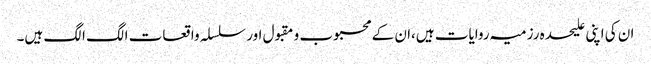
ان کی اپنی علیحدہ رزمیہ روایات ہیں،ان کے محبوب و مقبول اور سلسلہ واقعات الگ الگ ہیں۔